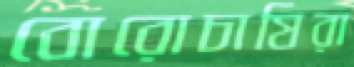
বোরোচাষিরা